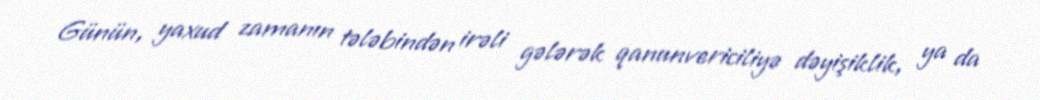
Günün, yaxud zamanın tələbindən irəli gələrək qanunvericiliyə dəyişiklik, ya da